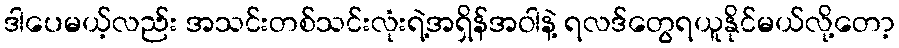
ဒါပေမယ့်လည်း အသင်းတစ်သင်းလုံးရဲ့အရှိန်အဝါနဲ့ ရလဒ်တွေရယူနိုင်မယ်လို့တော့